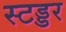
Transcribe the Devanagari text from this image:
स्टड्डर